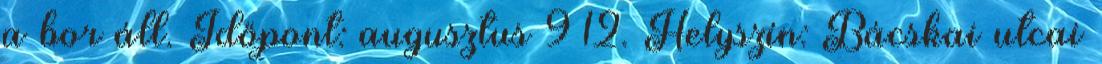
a bor áll. Időpont: augusztus 9–12. Helyszín: Bácskai utcai